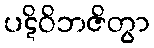
ပဋိဝိဘဇိတွာ